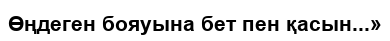
Өңдеген бояуына бет пен қасын...»